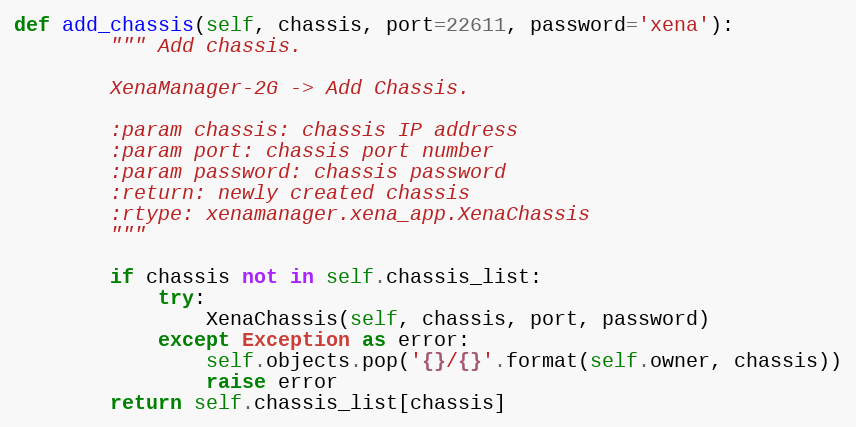
Language: Python
def add_chassis(self, chassis, port=22611, password='xena'):
        """ Add chassis.

        XenaManager-2G -> Add Chassis.

        :param chassis: chassis IP address
        :param port: chassis port number
        :param password: chassis password
        :return: newly created chassis
        :rtype: xenamanager.xena_app.XenaChassis
        """

        if chassis not in self.chassis_list:
            try:
                XenaChassis(self, chassis, port, password)
            except Exception as error:
                self.objects.pop('{}/{}'.format(self.owner, chassis))
                raise error
        return self.chassis_list[chassis]